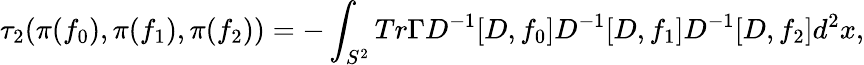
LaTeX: {\tau}_{2}({\pi}(f_{0}),{\pi}(f_{1}),{\pi}(f_{2}))=-\int_{S^{2}}Tr{\Gamma}D^{-1}[D,f_{0}]D^{-1}[D,f_{1}]D^{-1}[D,f_{2}]d^{2}x,